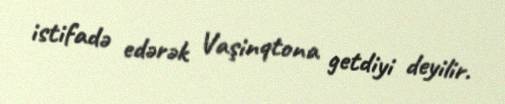
istifadə edərək Vaşinqtona getdiyi deyilir.